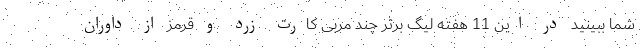
شما ببینید در این 11 هفته لیگ برتر چند مربی کارت زرد و قرمز از داوران